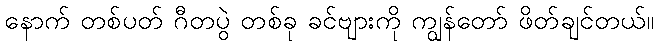
နောက် တစ်ပတ် ဂီတပွဲ တစ်ခု ခင်ဗျားကို ကျွန်တော် ဖိတ်ချင်တယ်။